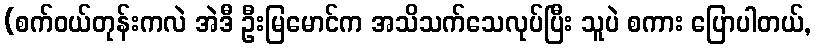
(စက်ဝယ်တုန်းကလဲ အဲဒီ ဦးမြမောင်က အသိသက်သေလုပ်ပြီး သူပဲ စကား ပြောပါတယ်,